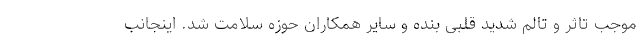
موجب تاثر و تالم شدید قلبی بنده و سایر همکاران حوزه سلامت شد. اینجانب